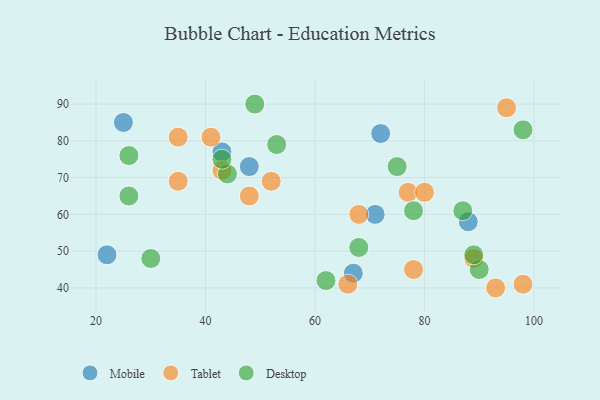
{"axis": {"x": "GDP", "y": "Life Expectancy"}, "legend": ["Desktop", "Mobile", "Tablet"], "data": [{"x": "71", "y": 60, "type": "Mobile"}, {"x": "22", "y": 49, "type": "Mobile"}, {"x": "67", "y": 44, "type": "Mobile"}, {"x": "25", "y": 85, "type": "Mobile"}, {"x": "88", "y": 58, "type": "Mobile"}, {"x": "72", "y": 82, "type": "Mobile"}, {"x": "43", "y": 77, "type": "Mobile"}, {"x": "48", "y": 73, "type": "Mobile"}, {"x": "48", "y": 65, "type": "Tablet"}, {"x": "68", "y": 60, "type": "Tablet"}, {"x": "77", "y": 66, "type": "Tablet"}, {"x": "35", "y": 69, "type": "Tablet"}, {"x": "43", "y": 72, "type": "Tablet"}, {"x": "78", "y": 45, "type": "Tablet"}, {"x": "66", "y": 41, "type": "Tablet"}, {"x": "41", "y": 81, "type": "Tablet"}, {"x": "80", "y": 66, "type": "Tablet"}, {"x": "35", "y": 81, "type": "Tablet"}, {"x": "95", "y": 89, "type": "Tablet"}, {"x": "93", "y": 40, "type": "Tablet"}, {"x": "98", "y": 41, "type": "Tablet"}, {"x": "52", "y": 69, "type": "Tablet"}, {"x": "89", "y": 48, "type": "Tablet"}, {"x": "49", "y": 90, "type": "Desktop"}, {"x": "90", "y": 45, "type": "Desktop"}, {"x": "44", "y": 71, "type": "Desktop"}, {"x": "26", "y": 65, "type": "Desktop"}, {"x": "68", "y": 51, "type": "Desktop"}, {"x": "75", "y": 73, "type": "Desktop"}, {"x": "78", "y": 61, "type": "Desktop"}, {"x": "89", "y": 49, "type": "Desktop"}, {"x": "30", "y": 48, "type": "Desktop"}, {"x": "53", "y": 79, "type": "Desktop"}, {"x": "98", "y": 83, "type": "Desktop"}, {"x": "87", "y": 61, "type": "Desktop"}, {"x": "62", "y": 42, "type": "Desktop"}, {"x": "43", "y": 75, "type": "Desktop"}, {"x": "26", "y": 76, "type": "Desktop"}]}